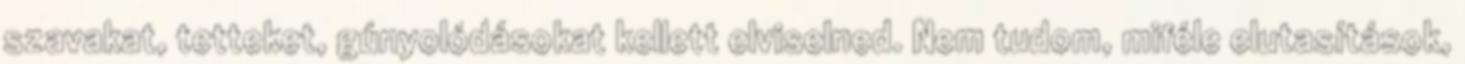
szavakat, tetteket, gúnyolódásokat kellett elviselned. Nem tudom, miféle elutasítások,